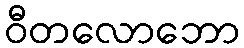
ဝီတလောဘော